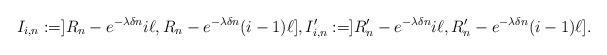
LaTeX: \begin{align*}I_{i,n}:=] R_n - e^{ - \lambda \delta n } i \ell, R_n- e^{ - \lambda \delta n } (i-1)\ell] ,I'_{i,n}:=] R'_n - e^{ - \lambda \delta n }i \ell, R'_n- e^{ - \lambda \delta n } (i-1)\ell].\end{align*}